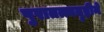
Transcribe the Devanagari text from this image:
पुरातत्त्वदृष्टीने